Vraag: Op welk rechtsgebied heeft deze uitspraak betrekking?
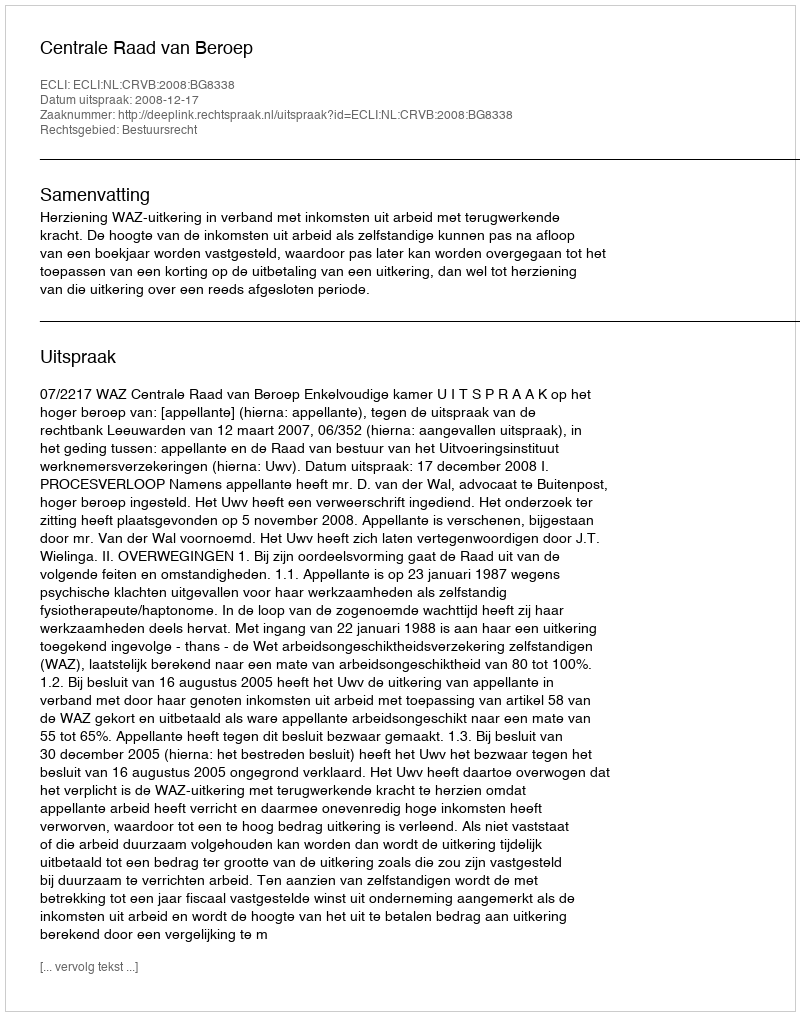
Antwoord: Bestuursrecht